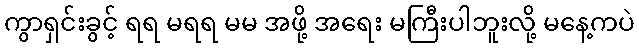
ကွာရှင်းခွင့် ရရ မရရ မမ အဖို့ အရေး မကြီးပါဘူးလို့ မနေ့ကပဲ